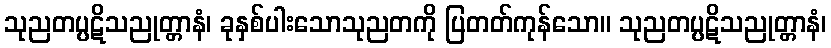
သုညတပ္ပဋိသညုတ္တာနံ၊ ခုနှစ်ပါးသောသုညတကို ပြတတ်ကုန်သော။ သုညတပ္ပဋိသညုတ္တာနံ၊